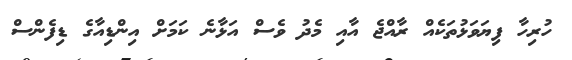
ހުރިހާ ފިޔަވަޅުތަކެއް ރާއްޖެ އާއި މެދު ވެސް އަޅާނެ ކަމަށް އިންޑިއާގެ ޑިފެންސް